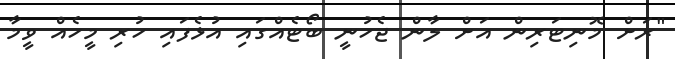
"ރަށް މޮނިޓަރިން އަށް ލާން ޖެހުނީ ބޯޓެއްގައި އުޅެފައި ހުރި މީހެއް ވީމާ